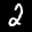
Label: 2